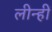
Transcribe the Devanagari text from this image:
लीन्‍हीं